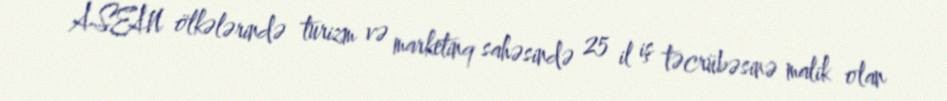
ASEAN ölkələrində turizm və marketinq sahəsində 25 il iş təcrübəsinə malik olan